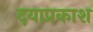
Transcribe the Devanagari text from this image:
दयाप्रकाश